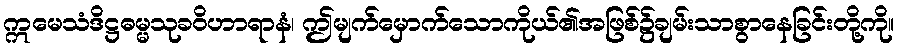
ဣမေသံဒိဋ္ဌဓမ္မသုခဝိဟာရာနံ၊ ဤမျက်မှောက်သောကိုယ်၏အဖြစ်၌ချမ်းသာစွာနေခြင်းတို့ကို။